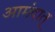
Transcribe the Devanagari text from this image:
आमंदात्‌